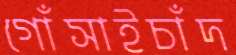
গোঁসাইচাঁদ